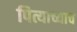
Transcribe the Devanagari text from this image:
पित्याच्याच